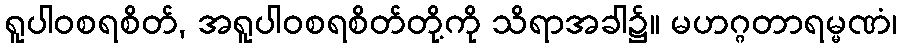
ရူပါဝစရစိတ်, အရူပါဝစရစိတ်တို့ကို သိရာအခါ၌။ မဟဂ္ဂတာရမ္မဏံ၊